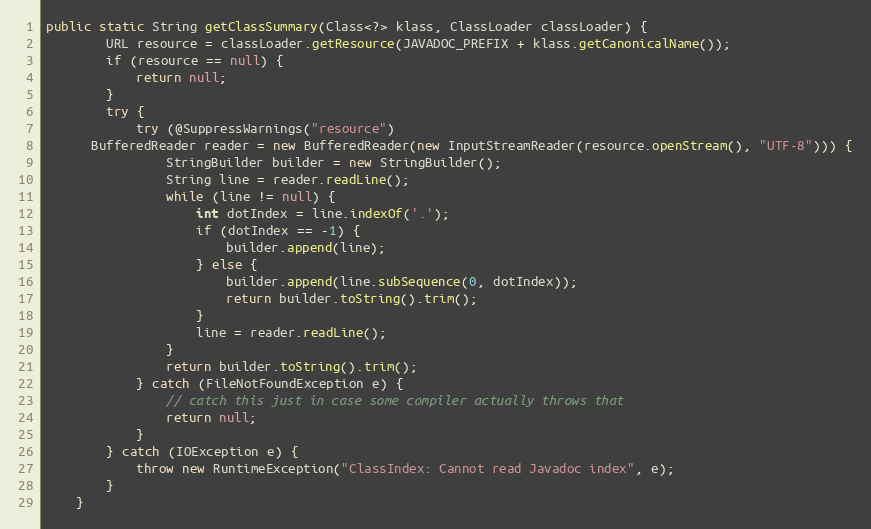
Language: Java
public static String getClassSummary(Class<?> klass, ClassLoader classLoader) {
		URL resource = classLoader.getResource(JAVADOC_PREFIX + klass.getCanonicalName());
		if (resource == null) {
			return null;
		}
		try {
			try (@SuppressWarnings("resource")
      BufferedReader reader = new BufferedReader(new InputStreamReader(resource.openStream(), "UTF-8"))) {
				StringBuilder builder = new StringBuilder();
				String line = reader.readLine();
				while (line != null) {
					int dotIndex = line.indexOf('.');
					if (dotIndex == -1) {
						builder.append(line);
					} else {
						builder.append(line.subSequence(0, dotIndex));
						return builder.toString().trim();
					}
					line = reader.readLine();
				}
				return builder.toString().trim();
			} catch (FileNotFoundException e) {
				// catch this just in case some compiler actually throws that
				return null;
			}
		} catch (IOException e) {
			throw new RuntimeException("ClassIndex: Cannot read Javadoc index", e);
		}
	}